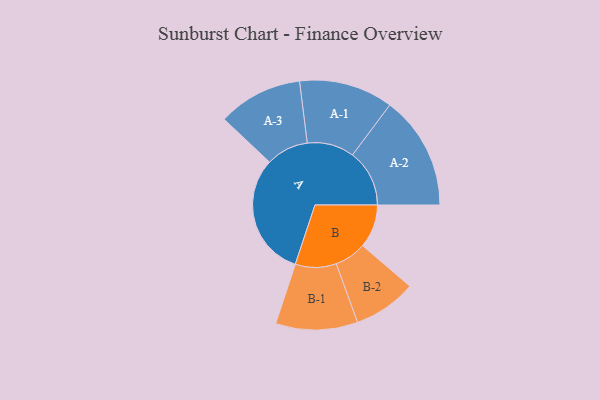
{"axis": {"x": "Segment", "y": "Value"}, "legend": ["", "A", "B"], "data": [{"x": "A", "y": 471, "type": ""}, {"x": "B", "y": 166, "type": ""}, {"x": "A-1", "y": 180, "type": "A"}, {"x": "A-2", "y": 218, "type": "A"}, {"x": "A-3", "y": 162, "type": "A"}, {"x": "B-1", "y": 157, "type": "B"}, {"x": "B-2", "y": 121, "type": "B"}]}